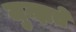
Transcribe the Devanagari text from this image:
जुन्झते